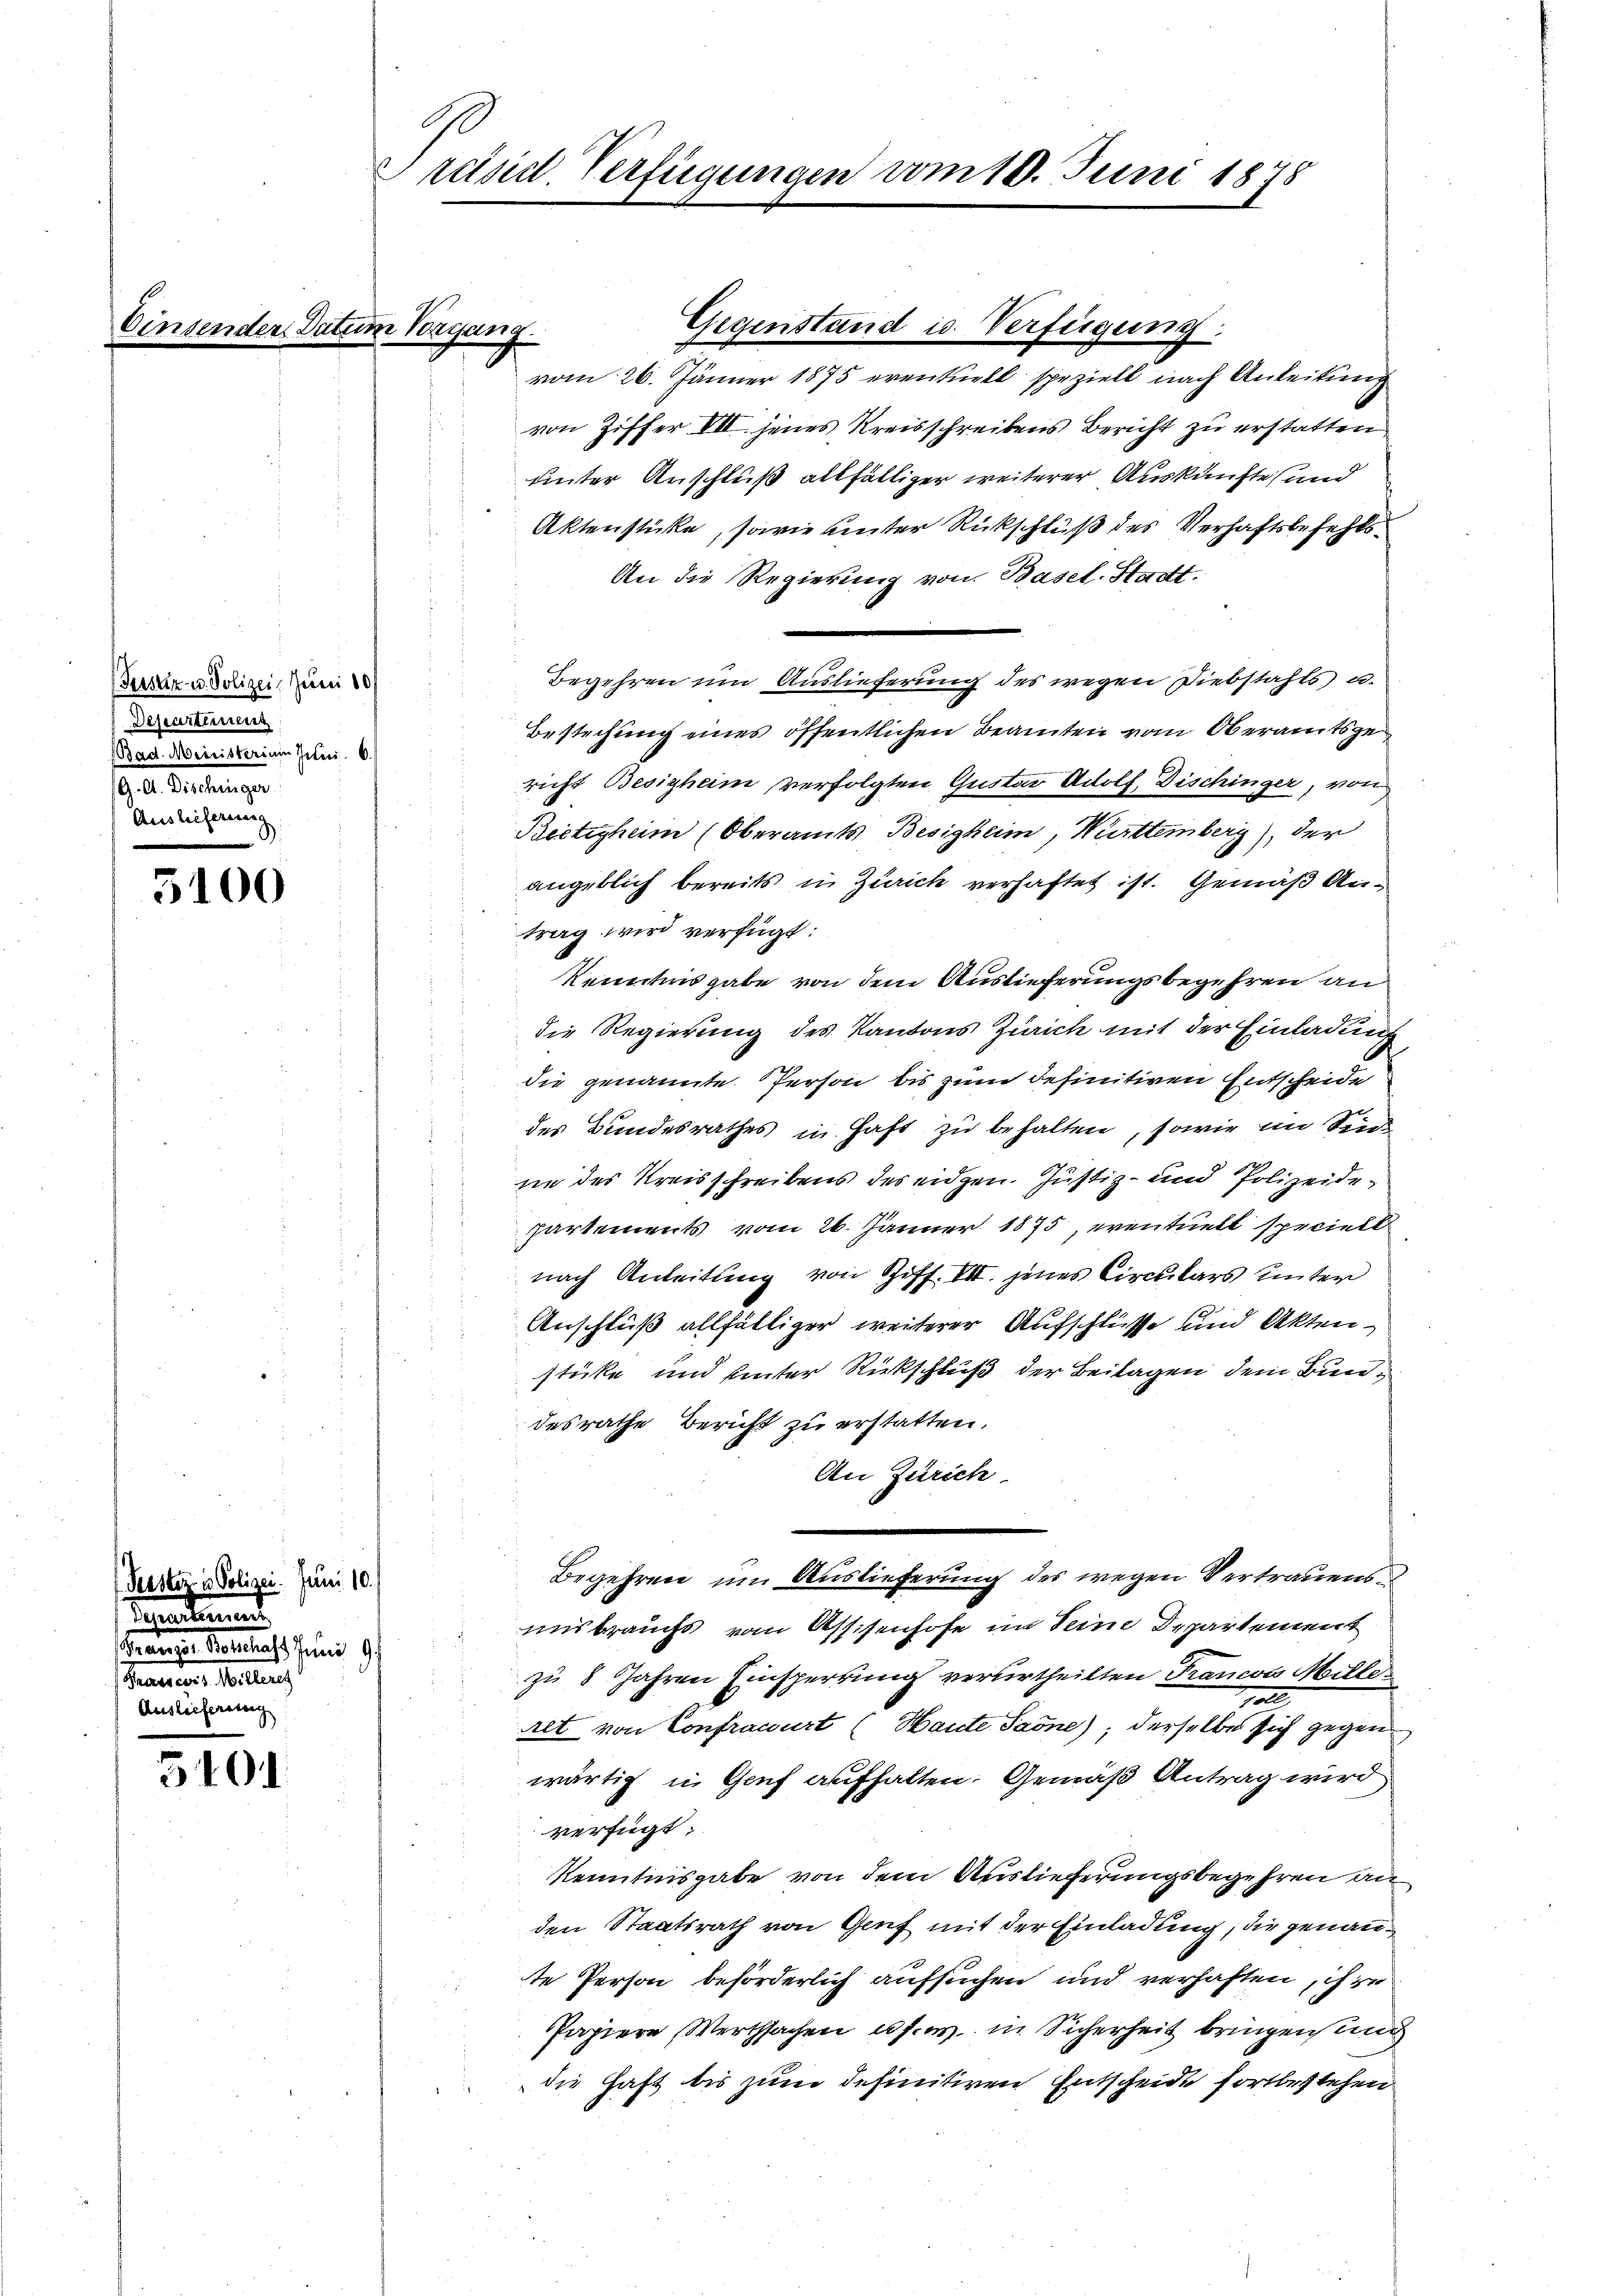
Piustiz- u. Polizei, Juni 10
Deseartinen
Bad. Meinisterium Juni
 l. Geltunge
Auslieferung

5100

Peester in Polizei. Juni 10.
Kandirend
see
Tragen, Mitten
Auslicherung

540.

G
Präsid. Verfügungen vom 18. Juni 1878

se Wegen

vom 26. Jänner 1875 eventuell speziell nach Anleitung
von Ziffer VII jenes Kreisschreibens Bericht zu erstatten.
unter Anschluß allfälliger weiterer Auskünfte, und
Aktenstücke, sowie unter Rückschluß des Verhaftsbefehls¬
An die Regierung von Basel-Stadt.
Begehren um Auslieferung des wegen Diebstahts u.
Bestechung eines öffentlichen Beamten vom Oberamtsge
richt Besizheim verfolgten Gustav Adolf Dischinger, von
Reitigheim (Oberamts Besigheim, Württemberg), der
angeblich bereits in Zürich verhaftet ist. Gemäß Antrag wird verfügt:
kenntnis gabe von dem Auslieferungsbegehren an
die Regierung des Kantons Zürich mit der Einladung
die genannte Person bis zum definitiven Entscheide
des Bundesrathes in Haft zu behalten, sowie im Sinde
ne des Kreisschreibens des eidgen. Justiz- und Polizeidepartements vom 26. Jänner 1875, eventuell speciell
nach Anleitung von Ziff. VII. jenes Circulars unter
Anschluß allfälliger weiterer Aufschlüsse und Aktenstücke und hinter Rückschluß der Beilagen dem Bundesrathe Bericht zu erstatten.
An Zürich
Begehren um Auslieferung des wegen Vertrauensunsbrauchs vom Assisenhofe in Seine Departement
zu 8 Jahren Einsperrung verurtheilten Trauen Millea
Alt von Confracourt (Haute Saone); derselbe sich gegen
wärtig in Genf aufhalten. Gemäß Antrag wird
verfügt
Kenntnisgabe von dem Auslieferungsbegehren an
den Staatsrath von Genf mit der Einladung, die genaute Person beförderlich aufsuchen und verhaften, ihre
Papiere Wertsachen u. s. w. in Sicherheit bringen und
die Haft bis zum definitiven Entscheide fortbestehen.

Gegenstand in Verfügung